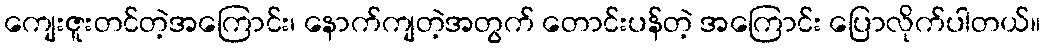
ကျေးဇူးတင်တဲ့အကြောင်း၊ နောက်ကျတဲ့အတွက် တောင်းပန်တဲ့ အကြောင်း ပြောလိုက်ပါတယ်။